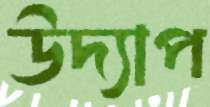
উদ্যাপ